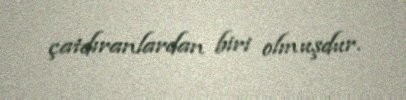
çatdıranlardan biri olmuşdur.